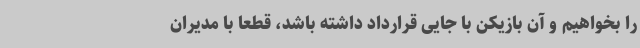
را بخواهیم و آن بازیکن با جایی قرارداد داشته باشد،‌ قطعا با مدیران